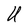
Character: U